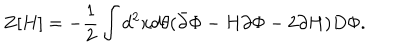
LaTeX: Z [ H ] = - \frac { 1 } { 2 } \int d ^ { 2 } x d \theta ( \bar { \partial } \Phi - H \partial \Phi - 2 \partial H ) D \Phi .